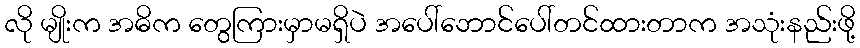
လို မျိုးက အဓိက တွေကြားမှာမရှိပဲ အပေါ်ဘောင်ပေါ်တင်ထားတာက အသုံးနည်းဖို့